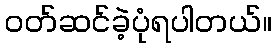
ဝတ်ဆင်ခဲ့ပုံရပါတယ်။